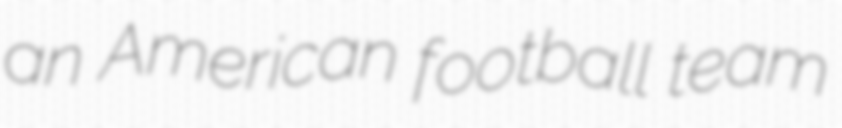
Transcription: an American football team